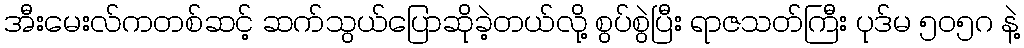
အီးမေးလ်ကတစ်ဆင့် ဆက်သွယ်ပြောဆိုခဲ့တယ်လို့ စွပ်စွဲပြီး ရာဇသတ်ကြီး ပုဒ်မ ၅၀၅ဂ နဲ့